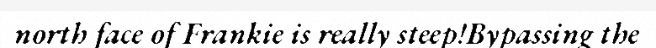
north face of Frankie is really steep!Bypassing the